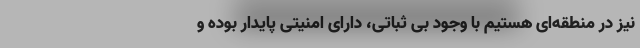
نیز در منطقه‌ای هستیم با وجود بی ثباتی، دارای امنیتی پایدار بوده و